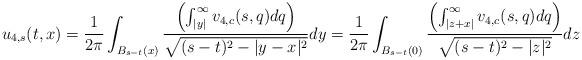
LaTeX: \begin{align*} u_{4,s}(t,x) = \frac{1}{2\pi} \int_{B_{s-t}(x)} \frac{\left(\int_{|y|}^{\infty} v_{4,c}(s,q) dq\right)}{\sqrt{(s-t)^{2}-|y-x|^{2}}} dy=\frac{1}{2\pi} \int_{B_{s-t}(0)} \frac{\left(\int_{|z+x|}^{\infty} v_{4,c}(s,q) dq\right)}{\sqrt{(s-t)^{2}-|z|^{2}}} dz\end{align*}